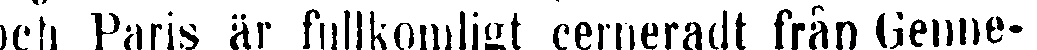
och Paris är fullkomligt cerneradt från Genne-